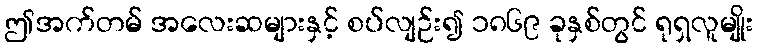
ဤအက်တမ် အလေးဆများနှင့် စပ်လျဉ်း၍ ၁၈၆၉ ခုနှစ်တွင် ရုရှလူမျိုး